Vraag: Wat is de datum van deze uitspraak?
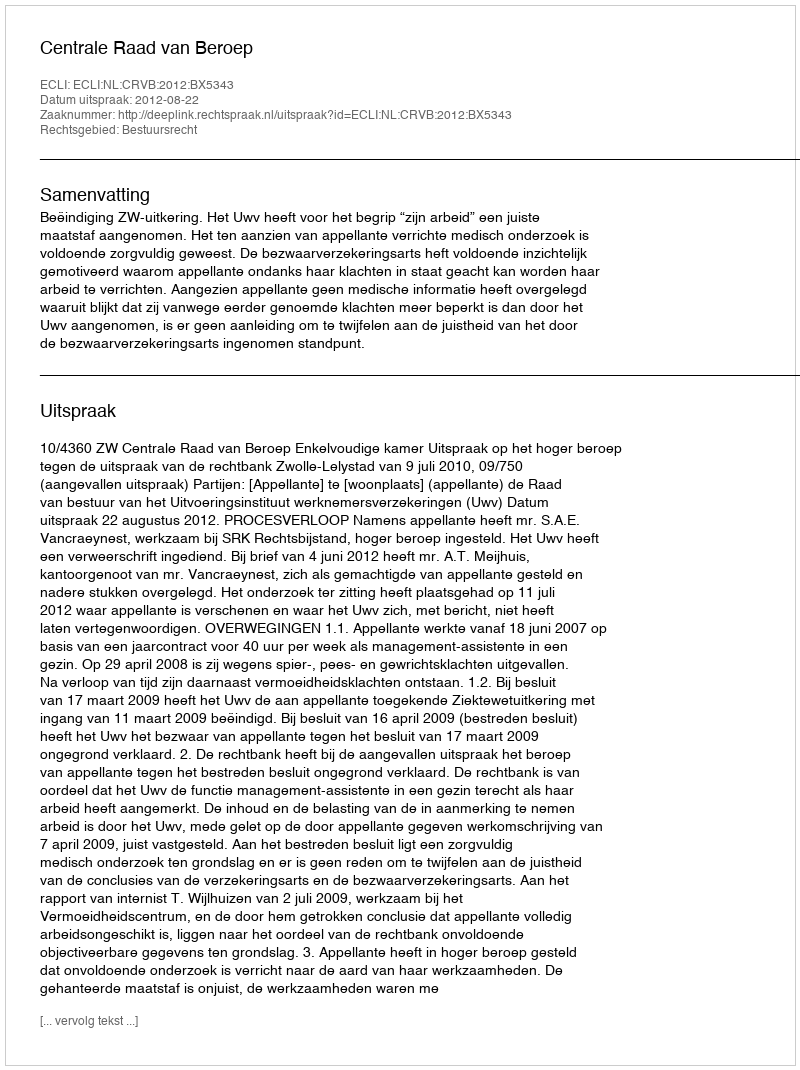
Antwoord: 2012-08-22